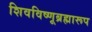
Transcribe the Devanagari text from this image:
शिवविष्णूब्रह्मारूप